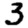
Digit: 3